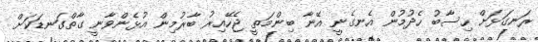
ރަނގަޅަށް ހިސާބު ހެދުމުން އެނގެނީ އޭނާ ބިންމަތީ ޖެހޭއިރު ބާރުމިން އުޅެންވާނީ ގާތްގަނޑަކަށް